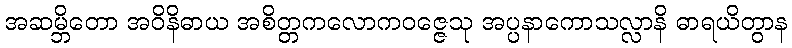
အဆမ္ဘိတော အဝိနိဓာယ အစိတ္တကလောကဝဇ္ဇေသု အပ္ပနာကောသလ္လာနိ ဓာရယိတွာန